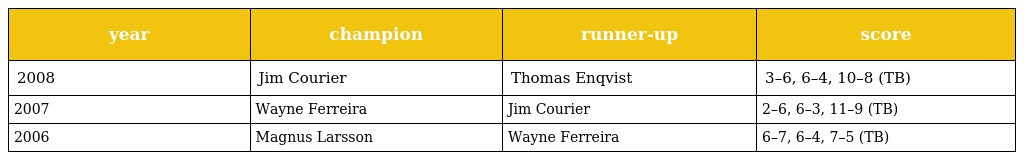
| year | champion | runner-up | score |
 | --- | --- | --- | --- |
 | 2008 | Jim Courier | Thomas Enqvist | 3–6, 6–4, 10–8 (TB) |
 | 2007 | Wayne Ferreira | Jim Courier | 2–6, 6–3, 11–9 (TB) |
 | 2006 | Magnus Larsson | Wayne Ferreira | 6–7, 6–4, 7–5 (TB) |